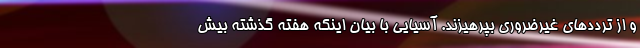
و از ترددهای غیرضروری بپرهیزند. آسیایی با بیان اینکه هفته گذشته بیش